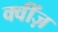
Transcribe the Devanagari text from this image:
क्वींज़